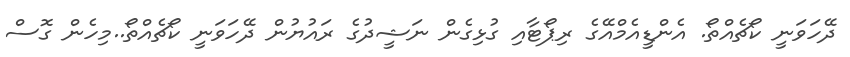
ދޭހަވަނީ ކޯޗެއްތޯ. އެންޑީއެމްއޭގެ ރިޕޯޓާއި ގުޅިގެން ނަޝީދުގެ ރައުޔުން ދޭހަވަނީ ކޯޗެއްތޯ..މިހެން ގޮސް